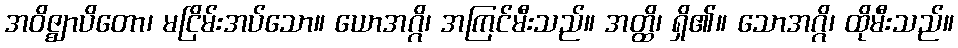
အဝိဇ္ဈာပိတော၊ မငြိမ်းအပ်သော။ ယောအဂ္ဂိ၊ အကြင်မီးသည်။ အတ္ထိ၊ ရှိ၏။ သောအဂ္ဂိ၊ ထိုမီးသည်။